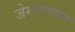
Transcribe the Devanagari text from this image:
जेगलायन